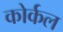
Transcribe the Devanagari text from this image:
कोर्कल